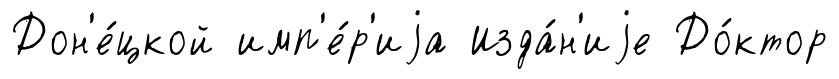
Дон'е́цкой имп'е́р'иjа Изда́н'иjе До́ктор